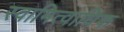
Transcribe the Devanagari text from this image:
स्वामित्वाधिक